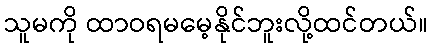
သူမကို ထာဝရမမေ့နိုင်ဘူးလို့ထင်တယ်။